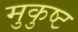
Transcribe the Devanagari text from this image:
मुकुष्ट